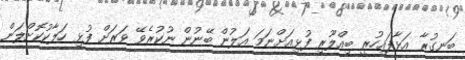
ބަނގުރާ އަޅާފައިހުރީ ބިއްލޫރި ފުޅިއަށްނަމަ އަލުން ބޭނުން ނުކުރެވޭ ވަރަށް ފުޅި ހަލާކުކޮށްލަން